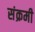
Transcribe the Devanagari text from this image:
संक्रमी